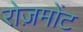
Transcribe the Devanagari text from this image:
रोज़मोंट